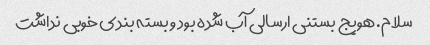
سلام. هویج بستنی ارسالی آب شده بود و بسته بندی خوبی نداشت